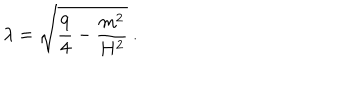
LaTeX: \lambda = \sqrt { \frac { 9 } { 4 } - \frac { m ^ { 2 } } { H ^ { 2 } } } \ .